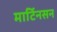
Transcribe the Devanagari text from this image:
मार्टिनसन